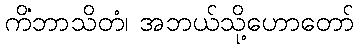
ကိံဘာသိတံ၊ အဘယ်သို့ဟောတော်